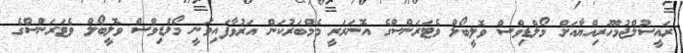
ރައީސުލްޖުމްހޫރިއްޔާއަށް މޯލްޑިވްސް ވޮލީބޯލް ވެޓަރަންސްގެ އޮނަރަރީ މެމްބަރުކަން އަރުވާފައިވަނީ މޯލްޑިވްސް ވޮލީބޯލް ވެޓަރަންސްގެ